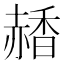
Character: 𧹰